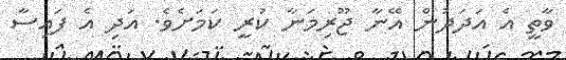
ވާތީ އެ އަދަދުން އޭނާ ޖޫރިމަނާ ކުރީ ކަމަށެވެ. އަދި އެ ފައިސާ